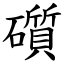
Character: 礩